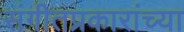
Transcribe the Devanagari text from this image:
संगीतप्रकारांच्या